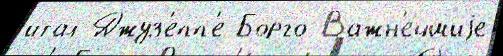
итал Джуз'епп'е Борго Важн'е́йшиjе